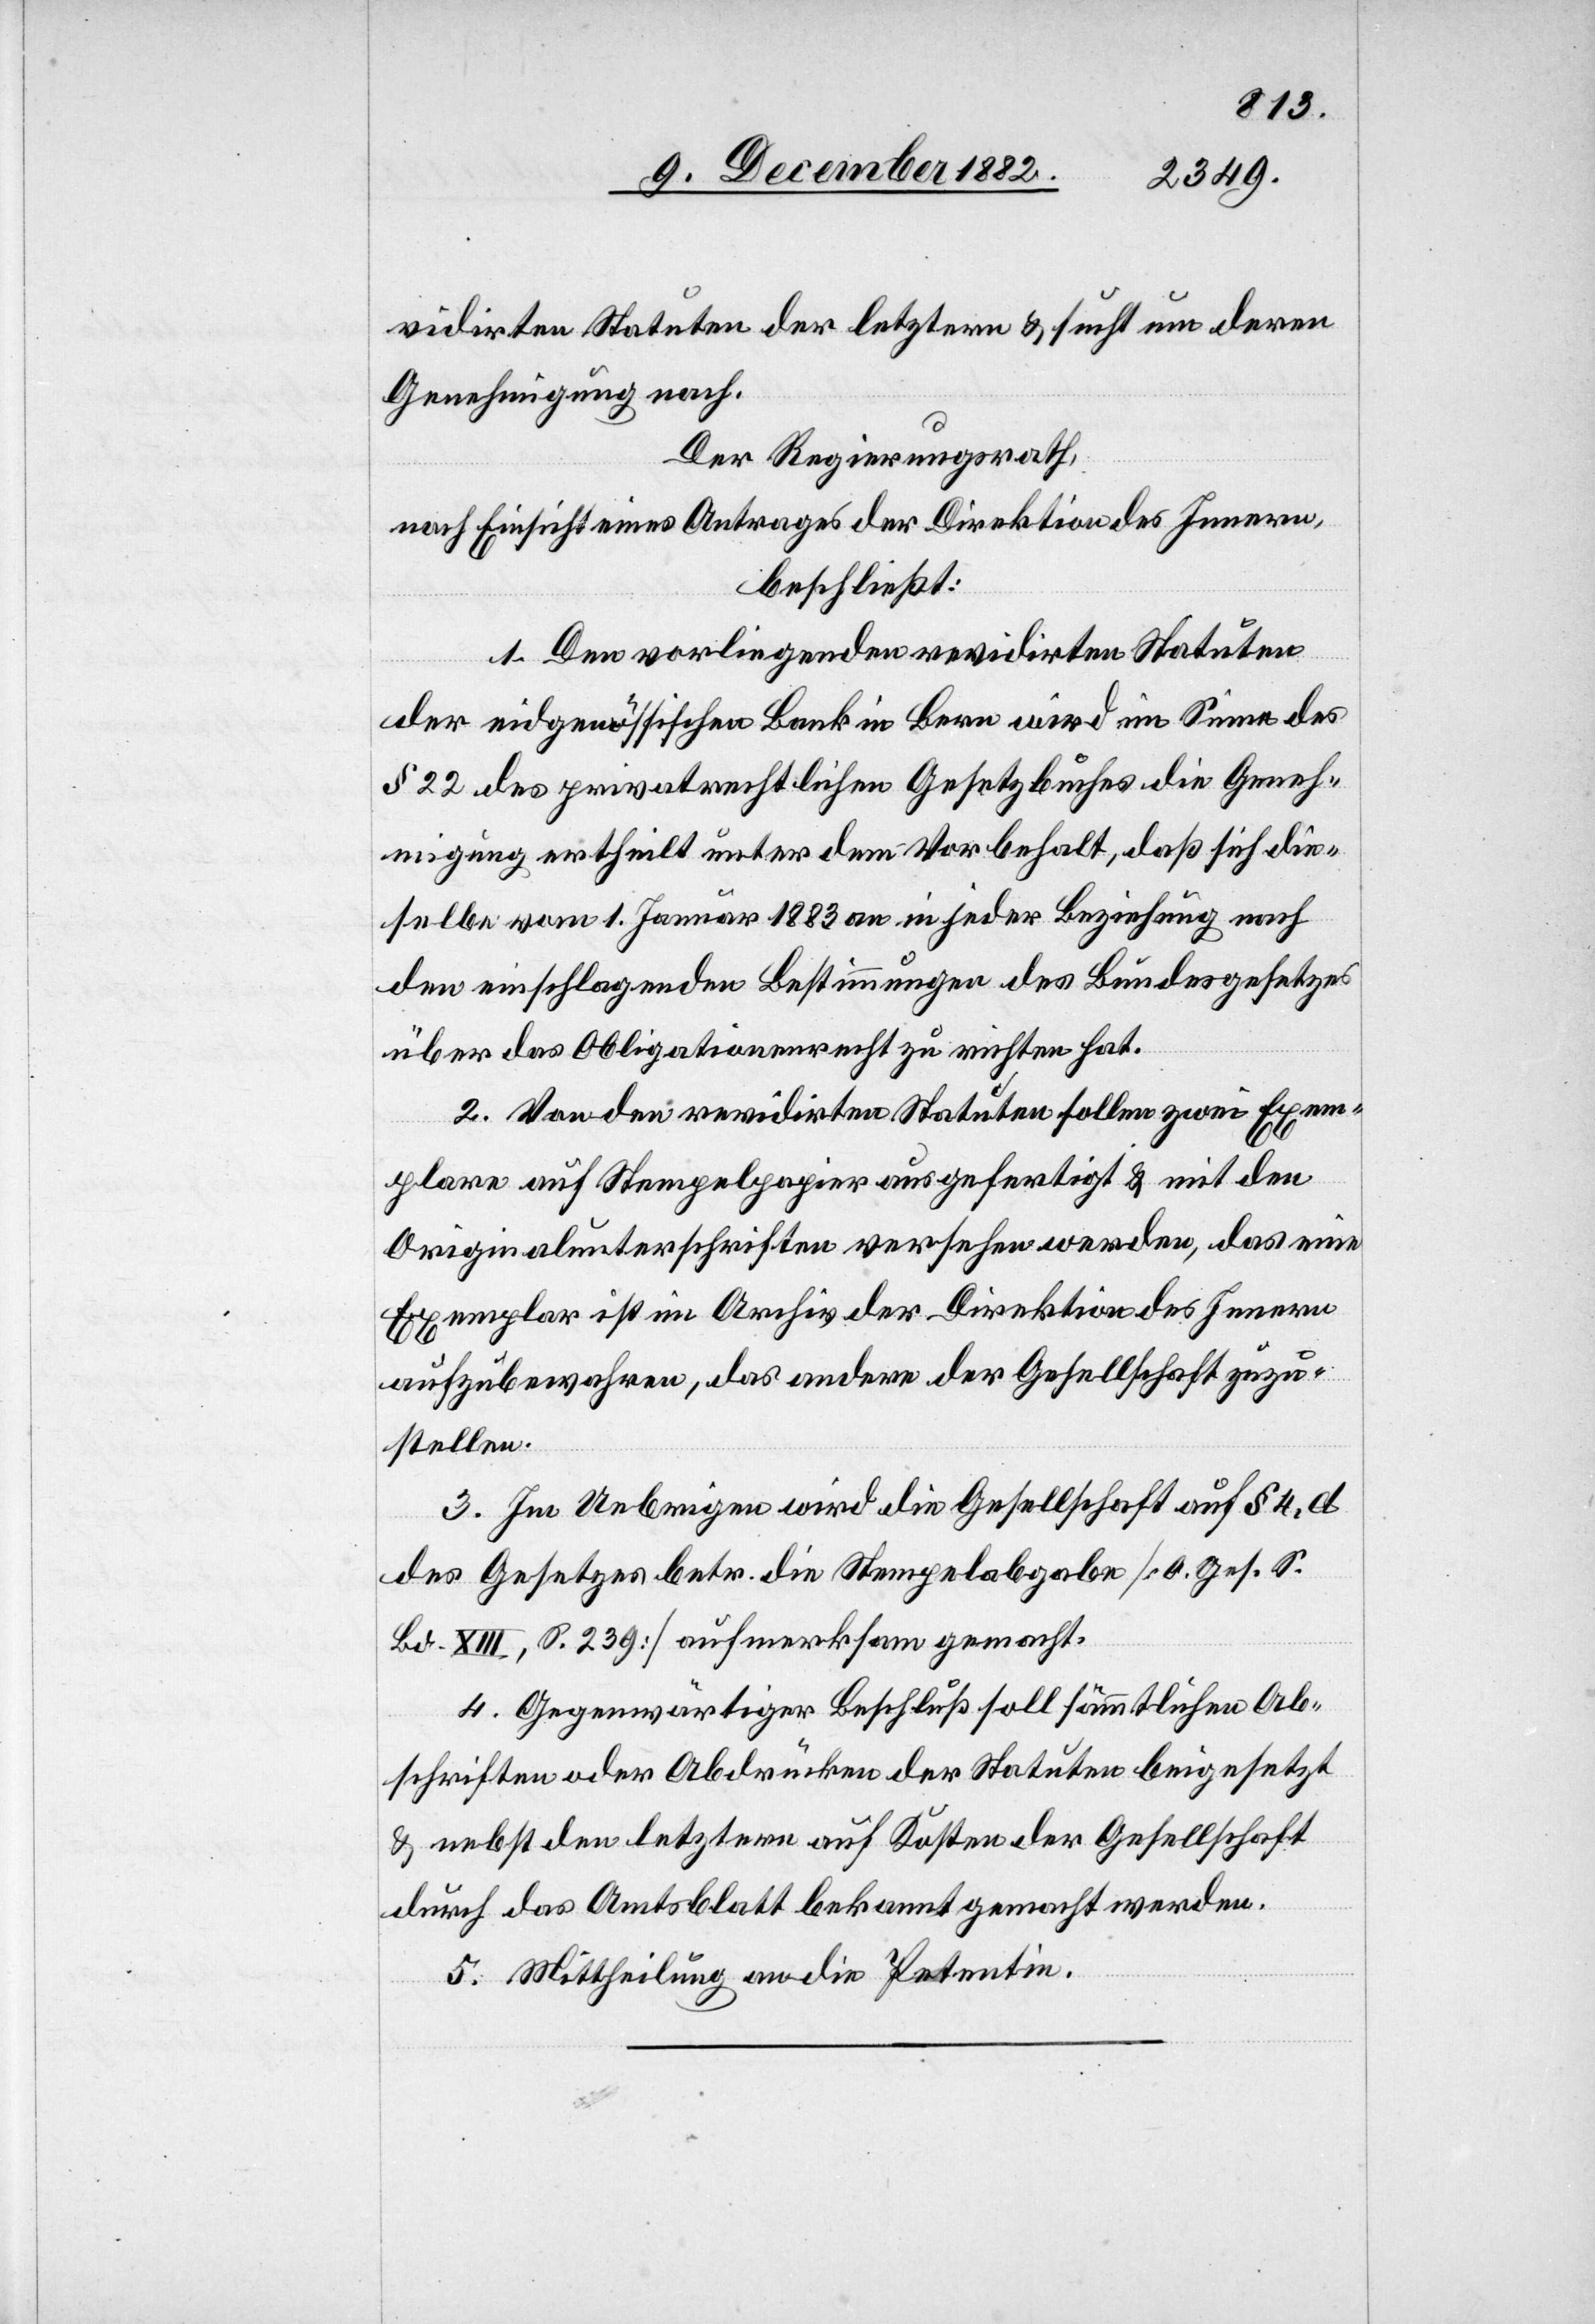
vidirten Statuten der letzten & sucht um deren
Genehmigung nach.
Der Regierungsrath,
nach Einsicht eines Antrages der Direktion des Innern,
beschließt:
1. Den vorliegenden revidirten Statuten
der eidgenössischen Bank in Bern wird im Sinne des
§ 22 des privatrechtlichen Gesetzbuches die Geneh¬
migung ertheilt unter dem Vorbehalt, daß sich die¬
selbe vom 1. Januar 1883 an in jeder Beziehung nach
den einschlagenden Bestimmungen des Bundesgesetzes
über das Obligationenrecht zu richten hat.
2. Von den revidirten Statuten sollen zwei Exem¬
plare auf Stempelpapier ausgefertigt & mit den
Originalunterschriften versehen werden, das eine
Exemplar ist im Archiv der Direktion des Innern
aufzubewahren, das andere der Gesellschaft zuzu¬
stellen.
3. Im Uebrigen wird die Gesellschaf auf § 4, d
des Gesetztes betr. die Stempelabgabe [O. Ges. S.
Bd. XIII, S. 239] aufmerksam gemacht.
4. Gegenwärtiger Beschluß soll sämmtlichen Ab¬
schriften oder Abdrücken der Statuten beigesetzt
& nebst den letztern auf Kosten der Gesellschaft
durch das Amtsblatt bekannt gemacht werden.
5. Mittheilung an die Petentin.